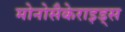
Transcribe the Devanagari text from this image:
मोनोसैकेराइड्स